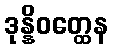
ဒုန္နိဝတ္ထေန